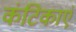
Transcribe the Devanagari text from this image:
कंटिकाएं